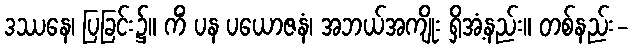
ဒဿနေ၊ ပြခြင်း၌။ ကိံ ပန ပယောဇနံ၊ အဘယ်အကျိုး ရှိအံ့နည်း။ တစ်နည်း-